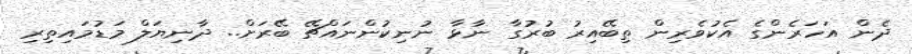
ދެން އަހަރެންގެ އެކުވެރިން ތިބޭއިރު ބުރުގާ ނާޅާ ނުނިކުންނައްޗޭ ބޭރަށް.. ދާނިޔަލް މަޑުމައިތިރި